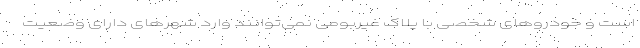
است و خودروهای شخصی با پلاک غیربومی نمی‌توانند وارد شهرهای دارای وضعیت